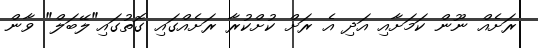
ރަށެއް ނޫން ކަމަށާއި އަދި އެ ރަށް ކުށްކުރާ ރަށެއްގައި ގޮތުގައި"ލޭބަލް" ވާން